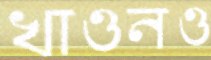
খাওনও